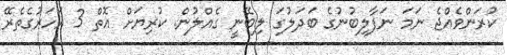
ކުރަންވެއްޖެ ނަމަ ނަފާލިބުނުގެ ބަދަލުގަ ލިބޭނީ ގެއްލުން. ކުރިޔަށް އޮތް 3 އަހަރުގެތެރޭ